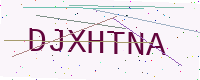
Text: DJXHTNA